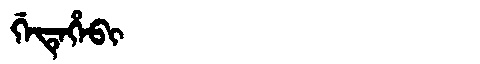
Manchu: ᡤᡝᡨᡝᡥᡝᠪᡳ
Romanization: GETEHEBI